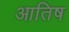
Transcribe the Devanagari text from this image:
आतिष